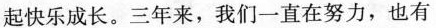
起快乐成长。三年来，我们一直在努力，也有